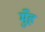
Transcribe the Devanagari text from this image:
मुँंह